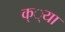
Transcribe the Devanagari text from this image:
क््या